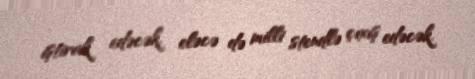
iştirak edəcək, eləcə də milli stendlə çıxış edəcək.